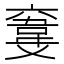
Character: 𩎮